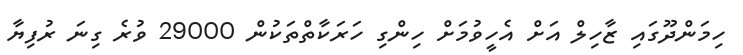
ހިމަންދޫގައި ޒާހިލް އަށް އެހީވުމަށް ހިންގި ހަރަކާތްތަކުން 29000 ވުރެ ގިނަ ރުފިޔާ